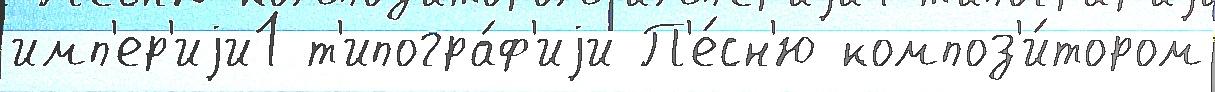
имп'ер'иjи1 т'ипогра́ф'иjи П'е́сн'ю композ'и́тором